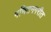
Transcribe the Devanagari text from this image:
गणितनगरीत